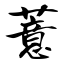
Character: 薏